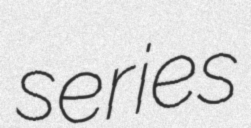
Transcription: series